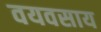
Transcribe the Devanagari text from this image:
वयवसाय